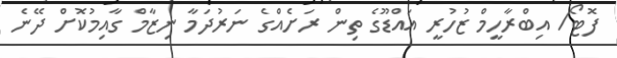
ފޮޓޯ/ އިބްރާހީމް ޒުހުރީ އައްޑޫގެ ތިން ރަށެއްގެ ނަރުދަމާ ނިޒާމް ގާއިމުކޮށް ދޭނެ